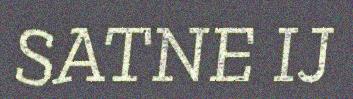
SATNE IJ